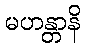
မဟန္တာနိ